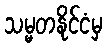
သမ္မတနိုင်ငံမှ